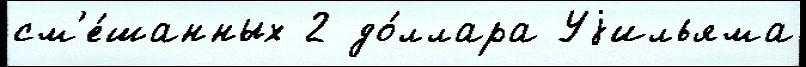
см'е́шанных 2 до́ллара Уjильяма